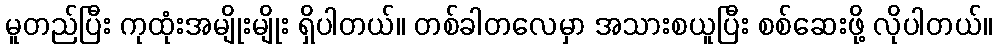
မူတည်ပြီး ကုထုံးအမျိုးမျိုး ရှိပါတယ်။ တစ်ခါတလေမှာ အသားစယူပြီး စစ်ဆေးဖို့ လိုပါတယ်။